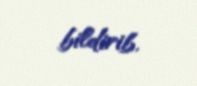
bildirib.